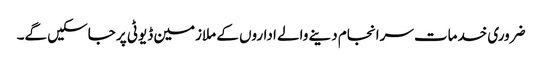
ضروری خدمات سرانجام دینے والے اداروں کے ملازمین ڈیوٹی پر جاسکیں گے۔